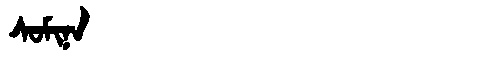
Manchu: ᠰᠣᠮᡳᠨᠠ
Romanization: SOMINA